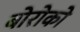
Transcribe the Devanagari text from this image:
बोरोको